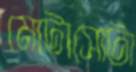
মোটাসোটা